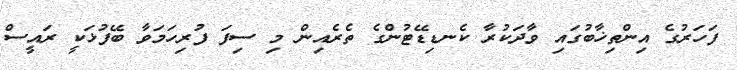
ފަހަރުގެ އިންތިޚާބުގައި ވާދަކުރާ ކެނޑިޑޭޓުންގެ ތެރެއިން މި ސިފަ ފުރިހަމަވާ ބޭފުޅަކީ ރައީސް